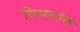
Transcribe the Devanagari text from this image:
विध्वसंक